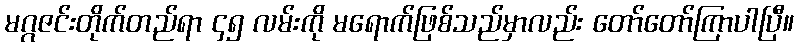
မဂ္ဂဇင်းတိုက်တည်ရာ ၄၅ လမ်းကို မရောက်ဖြစ်သည်မှာလည်း တော်တော်ကြာပါပြီ။